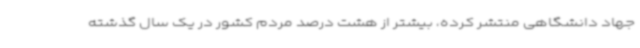
جهاد دانشگاهی منتشر کرده، بیشتر از هشت درصد مردم کشور در یک سال گذشته